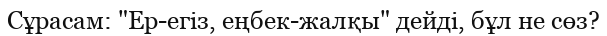
Сұрасам: "Ер-егіз, еңбек-жалқы" дейді, бұл не сөз?